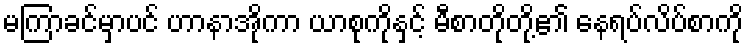
မကြာခင်မှာပင် ဟာနာအိုကာ ယာစုကိုနှင့် မီစာတိုတို့၏ နေရပ်လိပ်စာကို